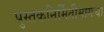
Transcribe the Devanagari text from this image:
पुस्तकनिर्मितीमागचा